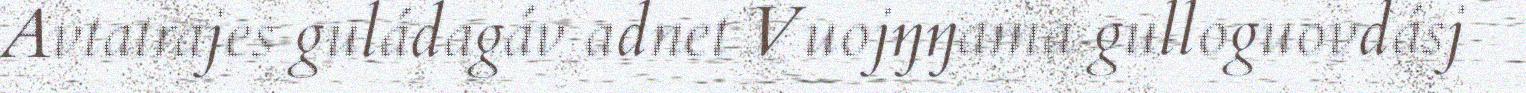
Avtatrajes guládagáv adnet Vuojŋŋama gulloguovdásj